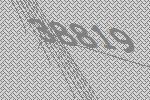
38819